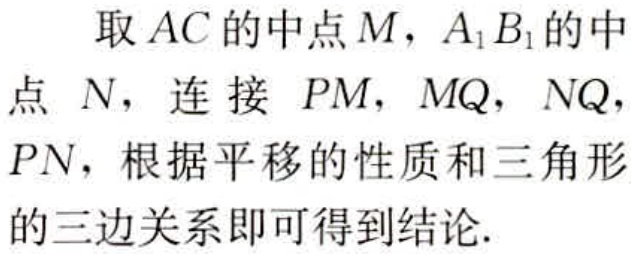
取 \(AC\) 的中点 \(M\)，\(A_1B_1\) 的中点 \(N\)，连接 \(PM\)，\(MQ\)，\(NQ\)，\(PN\)，根据平移的性质和三角形的三边关系即可得到结论.